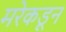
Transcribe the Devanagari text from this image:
मरेकडून